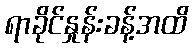
ရာခိုင်နှုန်းခန့်အထိ